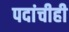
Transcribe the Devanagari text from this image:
पदांचीही